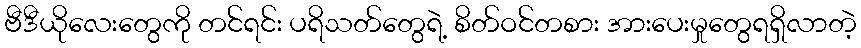
ဗီဒီယိုလေးတွေကို တင်ရင်း ပရိသတ်တွေရဲ့ စိတ်ဝင်တစား အားပေးမှုတွေရရှိလာတဲ့